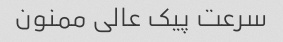
سرعت پیک عالی ممنون